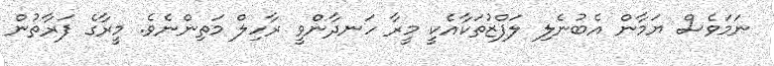
ނަމަވެސް ޔަމާން އެބުނެލި ލަފްޒުތަކާއެކީ މީރާ ހަނދާންވީ ރާހިލް މަތިންނެވެ. މީރާގެ ފަރާތުން